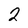
Character: 2